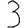
Digit: 3